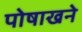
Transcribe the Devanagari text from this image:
पोषाखने